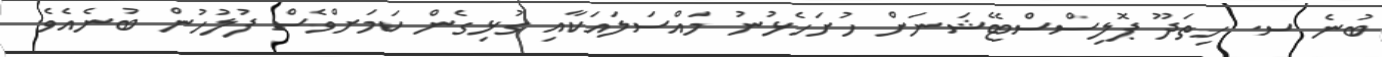
ބުނެ ސ. ހިތަދޫ ޕޮލިސްސްޓޭޝަނަށް ހުށަހެޅުނު މައްސަލައަކާއި ގުޅިގެން ކަމަށްވެސް ފުލުހުން ބުނެއެވެ.